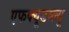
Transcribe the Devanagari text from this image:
एफक्यूडब्ल्यू